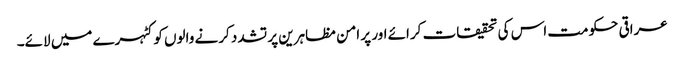
عراقی حکومت اس کی تحقیقات کرائے اور پر امن مظاہرین پر تشدد کرنے والوں کو کٹہرے میں لائے۔